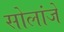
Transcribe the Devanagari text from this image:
सोलांजे